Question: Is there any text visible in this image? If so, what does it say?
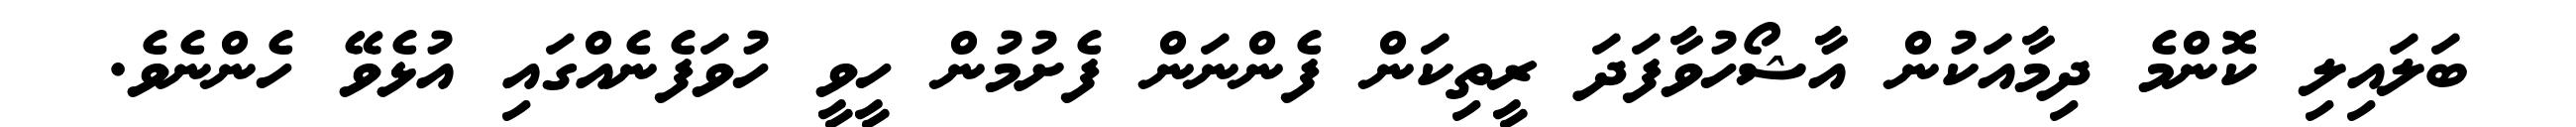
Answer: ބަލައިލި ކޮންމެ ދިމާއަކުން އާޝޯހުވާފަދަ ރީތިކަން ފެންނަން ފެށުމުން ހީވީ ހުވަފެނެއްގައި އުޅެވޭ ހެންނެވެ.